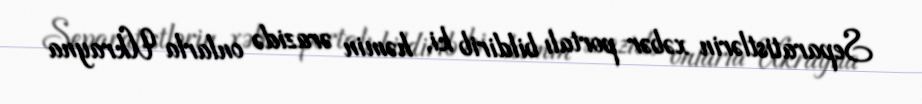
Separatistlərin xəbər portalı bildirib ki, həmin ərazidə onlarla Ukrayna